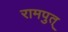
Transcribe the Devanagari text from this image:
रामपुत्